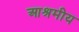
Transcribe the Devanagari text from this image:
आश्रमीय